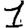
Digit: 1